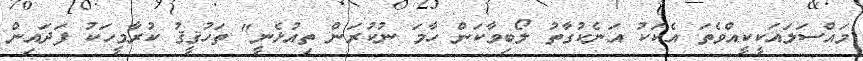
މައްސަލައަކީކީއްވެތަ އެކަކު އަނެކުގާތު ލޯބިވާކަން ހާމަ ނުކުރަން ތިއުޅެނީ" ތަހުޤީޤު ކުރާމީހަކު ފަދައިން